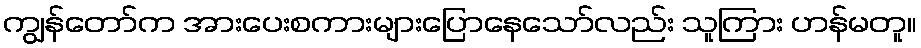
ကျွန်တော်က အားပေးစကားများပြောနေသော်လည်း သူကြား ဟန်မတူ။